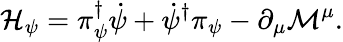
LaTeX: {\cal H}_{\psi}=\pi_{\psi}^{\dagger}\dot{\psi}+\dot{\psi}^{\dagger}\pi_{\psi}-\partial_{\mu}{\cal M}^{\mu}.